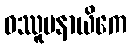
ဝဿူပနာယိကေ